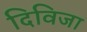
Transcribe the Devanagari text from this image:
दिविजा